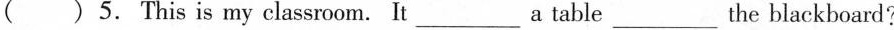
( )5.This is my classroom. It___ a table___the blackboard?